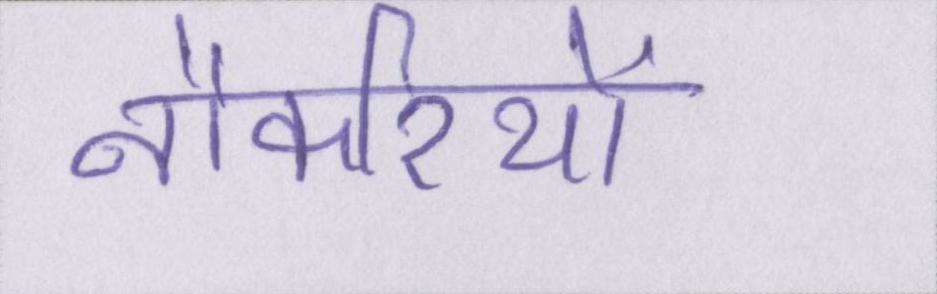
नौकरियों